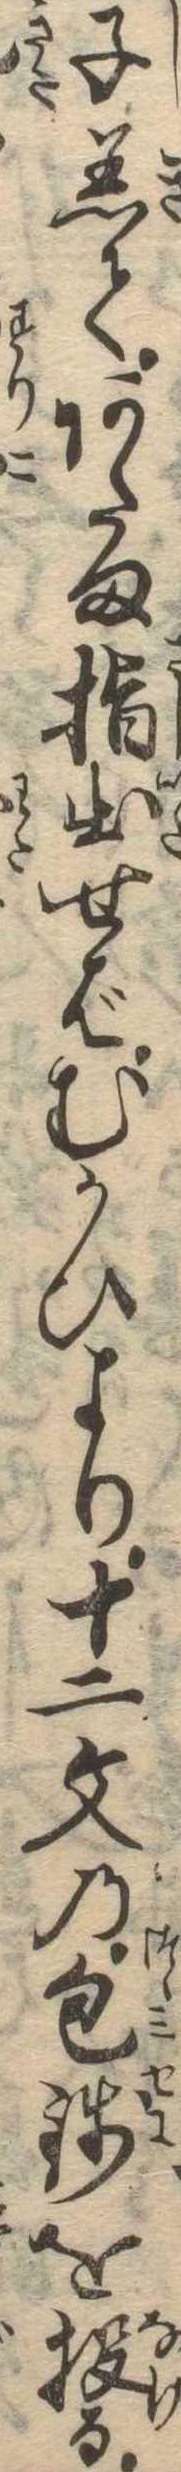
子着てあたま指出せばむかひより十二文の包銭を投る